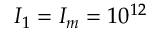
I _ { 1 } = I _ { m } = 1 0 ^ { 1 2 }